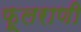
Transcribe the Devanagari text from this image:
फूलराणी